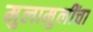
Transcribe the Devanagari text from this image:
मुलामुलींचा